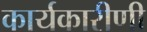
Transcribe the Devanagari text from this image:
कार्यकारीणी